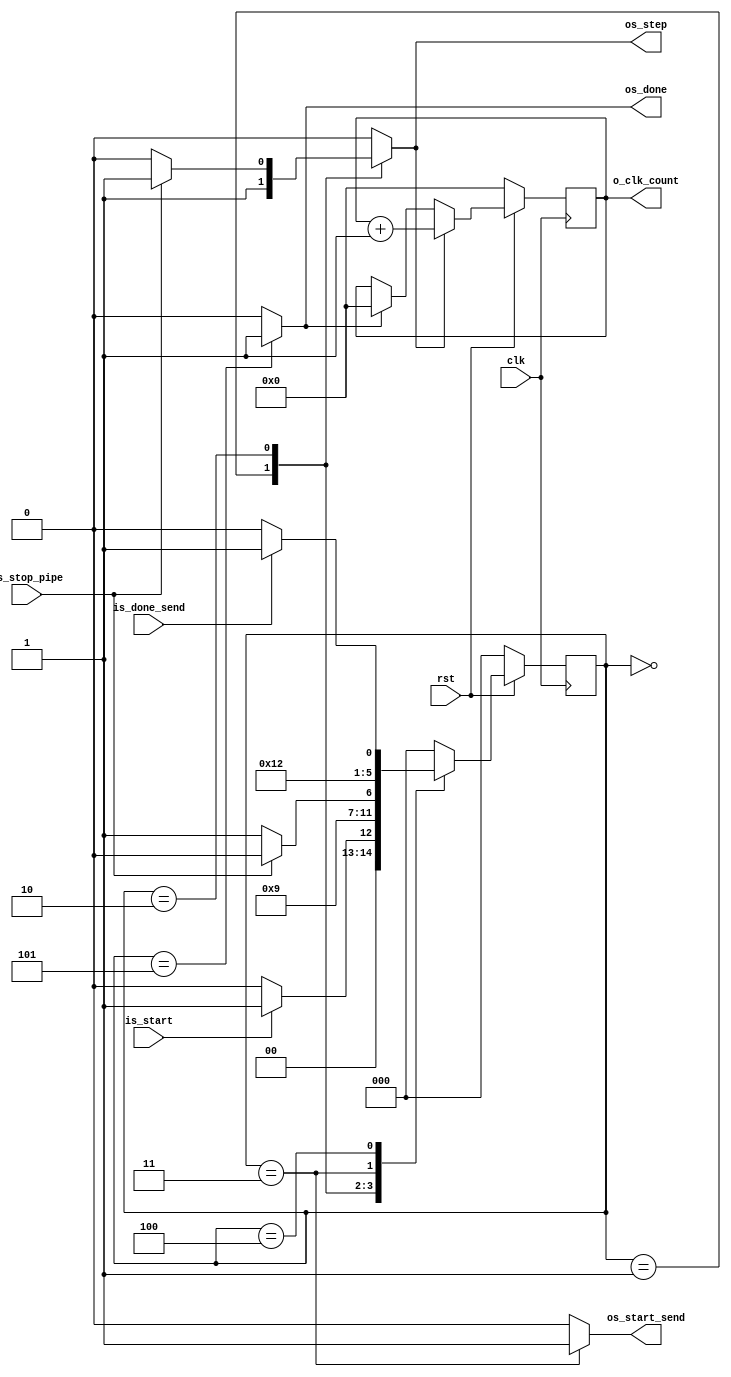
`timescale 1ns / 1ps
module FSM_Fast(
               input wire           clk,
               input wire           rst,
               input wire           is_start,
               input wire           is_done_send,
               input wire           is_stop_pipe,
               output reg           os_step,     
               output reg           os_start_send,
               output reg           os_done,
               output wire [31 : 0] o_clk_count 
               );
    
    //Estados 
    localparam [2 : 0] idle           = 3'b000;
    localparam [2 : 0] start_fast     = 3'b001;
    localparam [2 : 0] wait_pipe_done = 3'b010;
    localparam [2 : 0] start_send     = 3'b011;
    localparam [2 : 0] wait_send_done = 3'b100;
    localparam [2 : 0] ready          = 3'b101;

    //Variables
    reg [2 : 0] state_reg;
    reg [2 : 0] state_next;
    
    reg flag_count;
    reg flag_clear_count;
    reg [31 : 0] count;
    always@(posedge clk)begin
        if(~rst)begin
            state_reg   <= idle;  
            count       <= 0;
        end
        else begin
            state_reg   <= state_next;
            if(flag_count == 1'b1)begin
                count <= count + 1;
            end
            else begin
                if(flag_clear_count == 1'b1)begin
                    count <= 0;
                end
                else begin
                    count <= count;
                end
            end
        end
    end
    always@(*)begin
        case(state_reg)
            idle: begin
                if(is_start)begin
                    state_next       = start_fast;
                    os_start_send    = 1'b0;  
                    os_step          = 1'b0;
                    os_done          = 1'b0;
                    flag_count       = 1'b0;
                    flag_clear_count = 1'b0;
                end
                else begin
                    state_next       = idle;
                    os_start_send    = 1'b0;  
                    os_step          = 1'b0;
                    os_done          = 1'b0;
                    flag_count       = 1'b0;
                    flag_clear_count = 1'b0;
                end
            end
            start_fast: begin
                state_next       = wait_pipe_done;
                os_start_send    = 1'b0;  
                os_step          = 1'b1;
                os_done          = 1'b0;
                flag_count       = 1'b1;
                flag_clear_count = 1'b0;
            end
            wait_pipe_done: begin
                if(is_stop_pipe == 1'b0)begin
                    state_next       = start_send;
                    os_start_send    = 1'b0;  
                    os_step          = 1'b0;
                    os_done          = 1'b0;
                    flag_count       = 1'b0;
                    flag_clear_count = 1'b0;
                end
                else begin
                    state_next       = wait_pipe_done;
                    os_start_send    = 1'b0;  
                    os_step          = 1'b1;
                    os_done          = 1'b0;
                    flag_count       = 1'b1;
                    flag_clear_count = 1'b0;
                end
            end
            start_send: begin
                state_next       = wait_send_done;
                os_start_send    = 1'b1;  
                os_step          = 1'b0;
                os_done          = 1'b0;
                flag_count       = 1'b0;
                flag_clear_count = 1'b0;
            end
            wait_send_done: begin
                if(is_done_send)begin
                    state_next       = ready;
                    os_start_send    = 1'b0;  
                    os_step          = 1'b0;
                    os_done          = 1'b0;
                    flag_count       = 1'b0;
                    flag_clear_count = 1'b0;
                end
                else begin
                    state_next       = wait_send_done;
                    os_start_send    = 1'b0;  
                    os_step          = 1'b0;
                    os_done          = 1'b0;
                    flag_count       = 1'b0;
                    flag_clear_count = 1'b0;
                end
            end
            ready: begin
                state_next       = idle;
                os_start_send    = 1'b0;  
                os_step          = 1'b0;
                os_done          = 1'b1;
                flag_count       = 1'b0;
                flag_clear_count = 1'b1;
            end
            default: begin
                state_next       = idle;
                os_start_send    = 1'b0;  
                os_step          = 1'b0;
                os_done          = 1'b0;
                flag_count       = 1'b0;
                flag_clear_count = 1'b0;
            end
        endcase
    end
    assign o_clk_count = count; 
endmodule